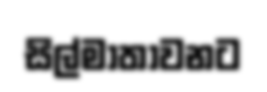
සිල්මාතාවනට